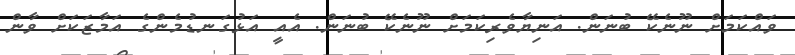
ވައްކަމަށް ނޫނެކޭ ބުނަން. އަނިޔާވެރިކަމަށް ނޫނެކޭ ބުނަން. އެއީ އަޅުގަނޑުމެންގެ އަމާޒަކަށް ވާން